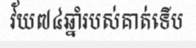
វ័យ៧៤ឆ្នាំរបស់គាត់ទើប